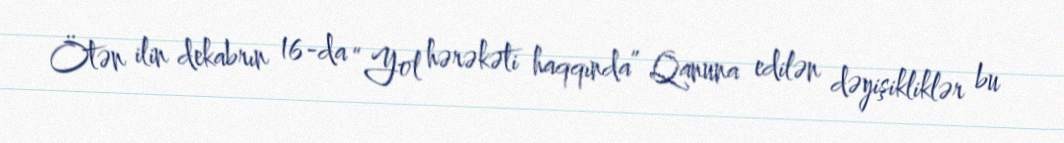
Ötən ilin dekabrın 16-da “Yol hərəkəti haqqında” Qanuna edilən dəyişikliklər bu